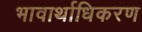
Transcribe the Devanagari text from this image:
भावार्थाधिकरण